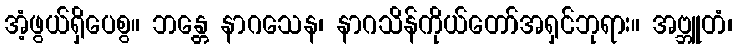
အံ့ဖွယ်ရှိပေစွ။ ဘန္တေ နာဂသေန၊ နာဂသိန်ကိုယ်တော်အရှင်ဘုရား။ အဗ္ဘူတံ၊